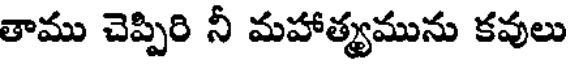
తాము చెప్పిరి నీ మహాత్యమును కవులు